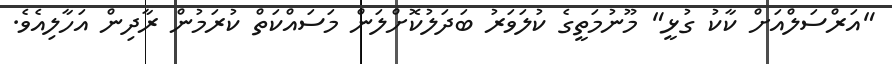
"އަރްސަލްއަށް ކާކު ގުޅީ" މޫނުމަތީގެ ކުލަވަރު ބަދަލުކޮށްލަން މަސައްކަތް ކުރަމުން ރާދިން އަހާލިއެވެ.